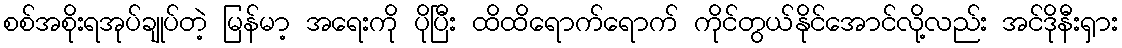
စစ်အစိုးရအုပ်ချုပ်တဲ့ မြန်မာ့ အရေးကို ပိုပြီး ထိထိရောက်ရောက် ကိုင်တွယ်နိုင်အောင်လို့လည်း အင်ဒိုနီးရှား